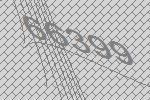
66399